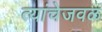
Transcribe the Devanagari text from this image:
त्यांचेजवळ